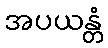
အပယန္တံ